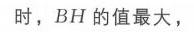
时，\(BH\) 的值最大，